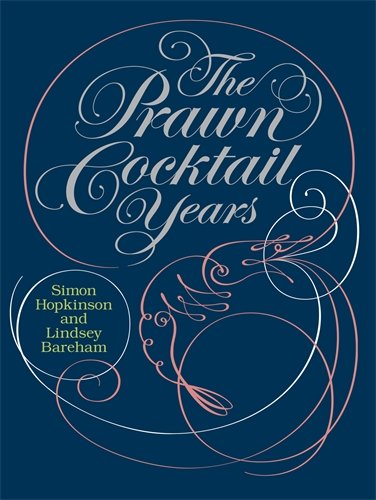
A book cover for The Prawn Cocktail Years; Simon Hopkinson; Cookbooks, Food & Wine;